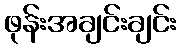
ဖုန်းအချင်းချင်း